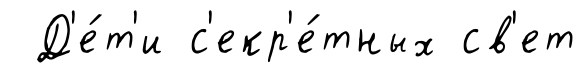
Д'е́т'и с'екр'е́тных св'ет